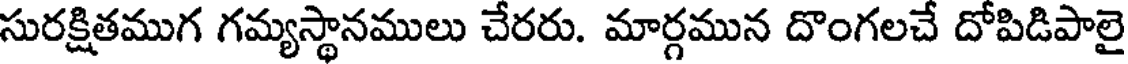
సురక్షితముగ గమ్యస్థానములు చేరరు. మార్గమున దొంగలచే దోపిడిపాలై